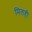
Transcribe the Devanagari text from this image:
मिलही